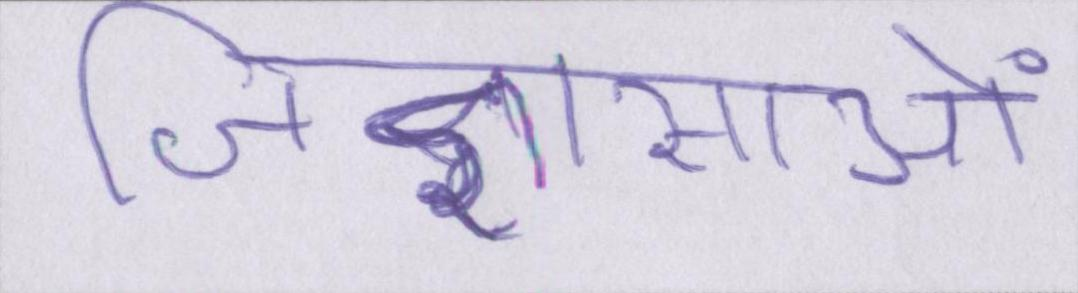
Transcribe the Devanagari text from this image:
जिज्ञासाओं